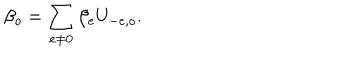
LaTeX: \beta _ { o } = \sum _ { e \neq 0 } \beta _ { e } U _ { - e , o } .